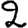
Digit: 2